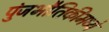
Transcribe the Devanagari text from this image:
पुंजभौतिकीमध्ये